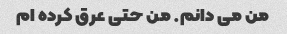
من می دانم. من حتی عرق کرده ام